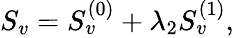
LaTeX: \begin{array}{r}{S_{v}=S_{v}^{(0)}+\lambda_{2}S_{v}^{(1)},}\end{array}